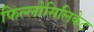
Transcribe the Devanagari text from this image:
फिल्लोसिलिकेट